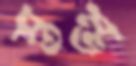
স্তম্ভ